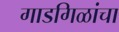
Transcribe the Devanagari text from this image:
गाडगिळांचा